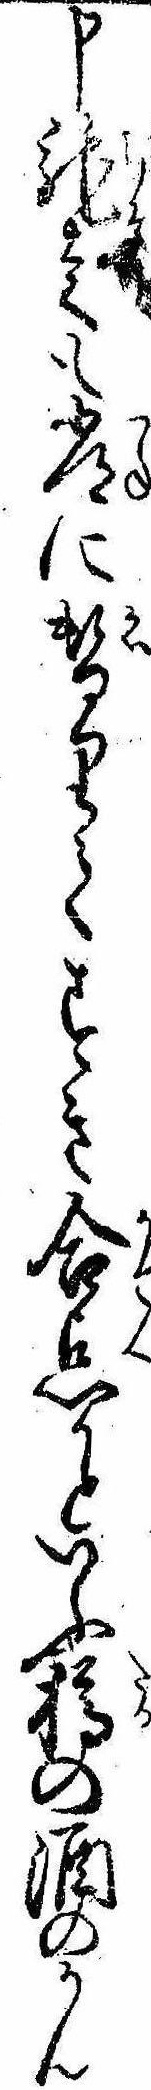
申馳走も常に替りてすき合点かといふ樽の酒のかん